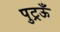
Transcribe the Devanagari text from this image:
पुट्रऊँ